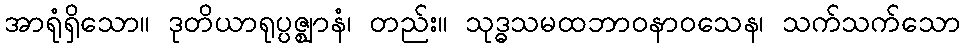
အာရုံရှိသော။ ဒုတိယာရုပ္ပဇ္ဈာနံ၊ တည်း။ သုဒ္ဓသမထဘာဝနာဝသေန၊ သက်သက်သော